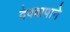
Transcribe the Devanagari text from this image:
देवबापाने